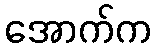
အောက်က